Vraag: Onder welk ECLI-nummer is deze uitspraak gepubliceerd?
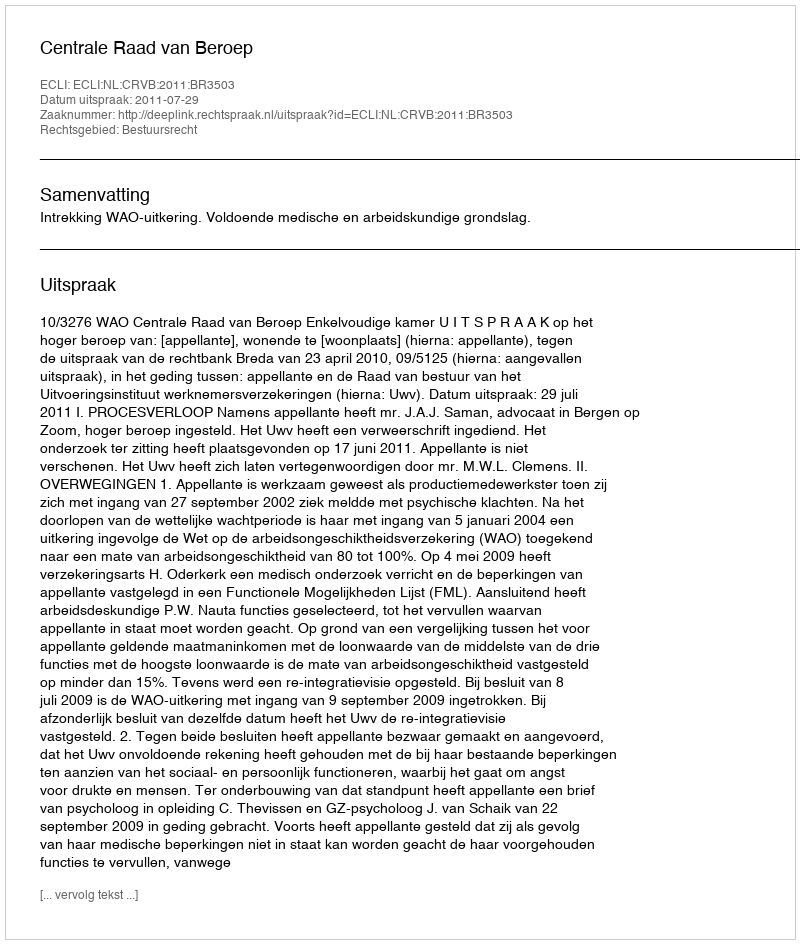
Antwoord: ECLI:NL:CRVB:2011:BR3503